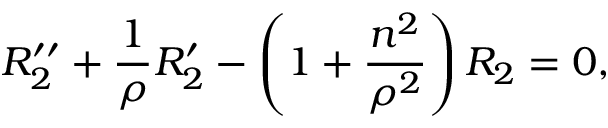
R _ { 2 } ^ { \prime \prime } + \frac { 1 } { \rho } R _ { 2 } ^ { \prime } - \left( 1 + \frac { n ^ { 2 } } { \rho ^ { 2 } } \right) R _ { 2 } = 0 ,